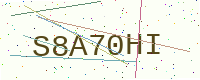
Text: S8A70HI